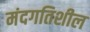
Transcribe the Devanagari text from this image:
मंदगतिशील